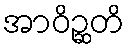
အာဝိဉ္ဆတိ